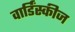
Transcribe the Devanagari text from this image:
वार्डिंस्कीज